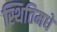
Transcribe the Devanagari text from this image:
स्थितिमधे